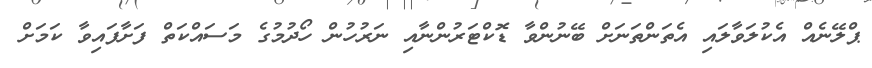
ޕްލޭނެއް އެކުލަވާލައި އެތަންތަނަށް ބޭނުންވާ ޑޮކްޓަރުންނާއި ނަރުހުން ހޯދުމުގެ މަސައްކަތް ފަށާފައިވާ ކަމަށް